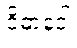
ဝိဓာနဝါ